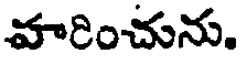
వారించును.